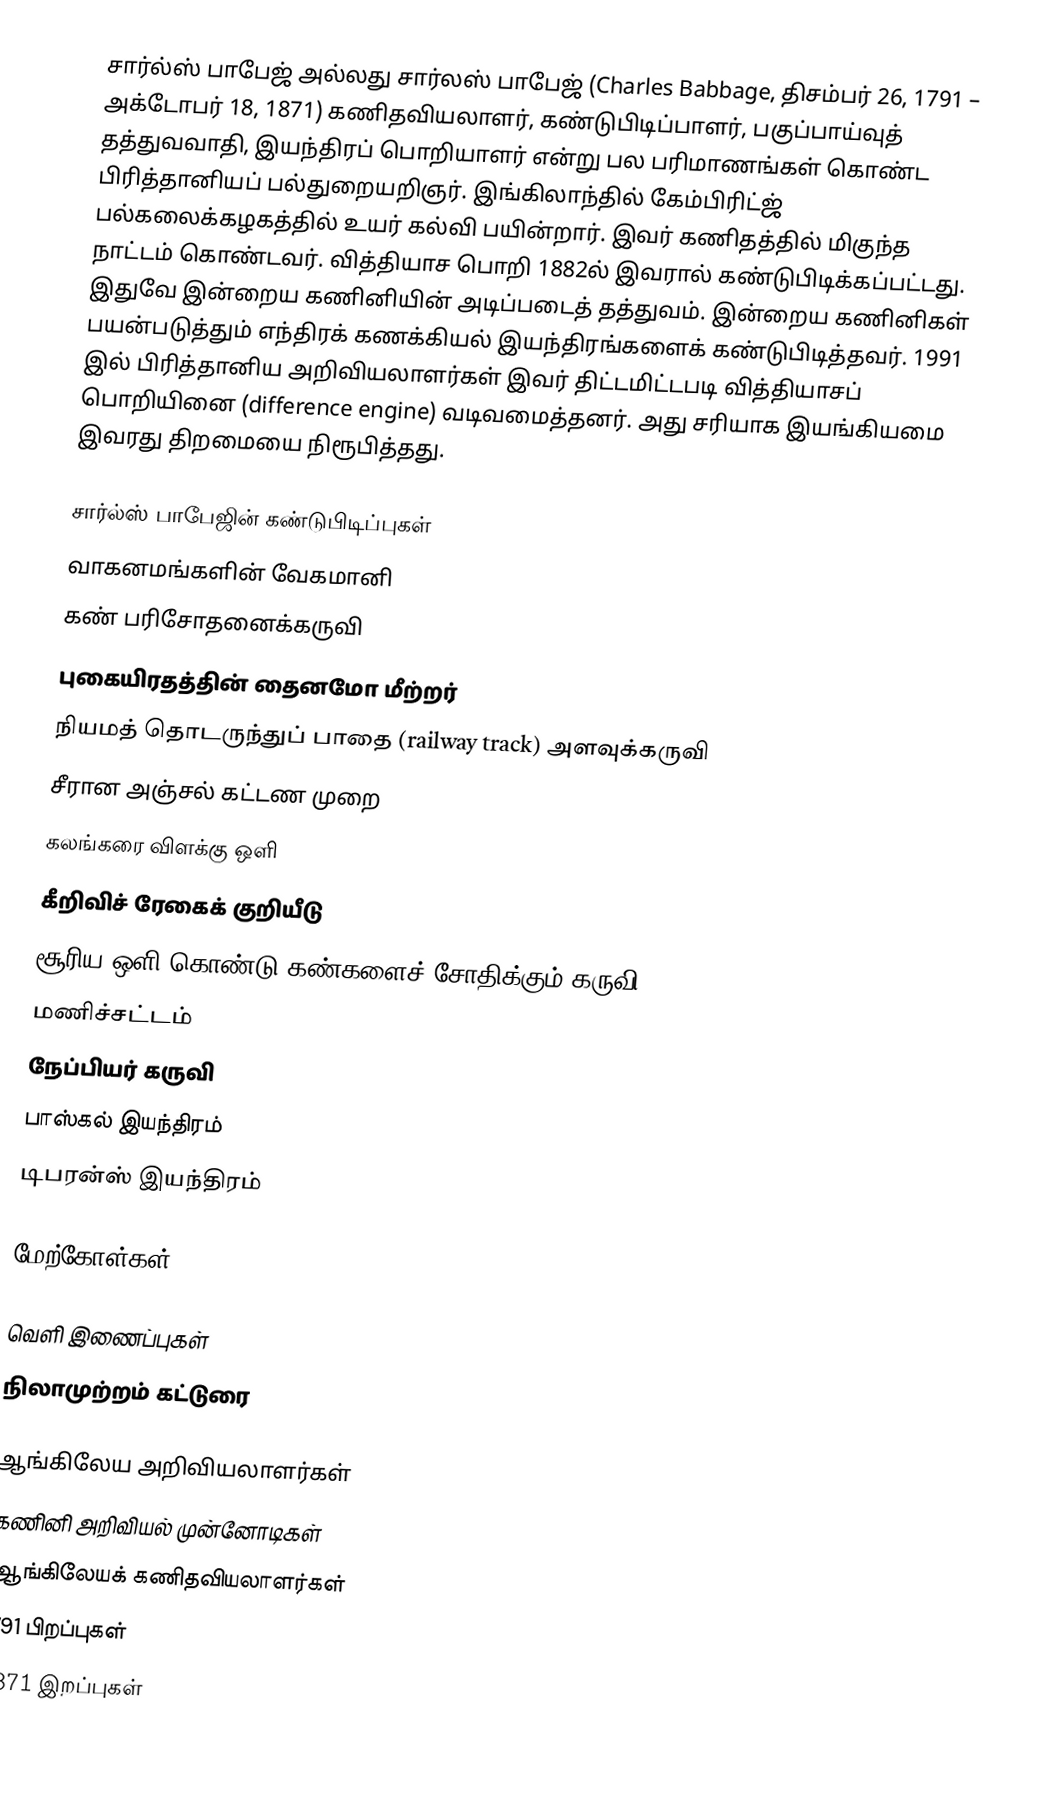
சார்ல்ஸ் பாபேஜ் அல்லது சார்லஸ் பாபேஜ் (Charles Babbage, திசம்பர் 26, 1791 – அக்டோபர் 18, 1871) கணிதவியலாளர், கண்டுபிடிப்பாளர், பகுப்பாய்வுத் தத்துவவாதி, இயந்திரப் பொறியாளர் என்று பல பரிமாணங்கள் கொண்ட பிரித்தானியப் பல்துறையறிஞர். இங்கிலாந்தில் கேம்பிரிட்ஜ் பல்கலைக்கழகத்தில் உயர் கல்வி பயின்றார். இவர் கணிதத்தில் மிகுந்த நாட்டம் கொண்டவர். வித்தியாச பொறி 1882ல் இவரால் கண்டுபிடிக்கப்பட்டது. இதுவே இன்றைய கணினியின் அடிப்படைத் தத்துவம். இன்றைய கணினிகள் பயன்படுத்தும் எந்திரக் கணக்கியல் இயந்திரங்களைக் கண்டுபிடித்தவர். 1991 இல் பிரித்தானிய அறிவியலாளர்கள் இவர் திட்டமிட்டபடி வித்தியாசப் பொறியினை (difference engine) வடிவமைத்தனர். அது சரியாக இயங்கியமை இவரது திறமையை நிரூபித்தது.

சார்ல்ஸ் பாபேஜின் கண்டுபிடிப்புகள்
 வாகனமங்களின் வேகமானி
 கண் பரிசோதனைக்கருவி
 புகையிரதத்தின் தைனமோ மீற்றர்
 நியமத் தொடருந்துப் பாதை (railway track) அளவுக்கருவி
 சீரான அஞ்சல் கட்டண முறை
 கலங்கரை விளக்கு ஒளி
 கீறிவிச் ரேகைக் குறியீடு
 சூரிய ஒளி கொண்டு கண்களைச் சோதிக்கும் கருவி
 மணிச்சட்டம்
 நேப்பியர் கருவி
 பாஸ்கல் இயந்திரம்
 டிபரன்ஸ் இயந்திரம்

மேற்கோள்கள்

வெளி இணைப்புகள்
 நிலாமுற்றம் கட்டுரை

ஆங்கிலேய அறிவியலாளர்கள்
கணினி அறிவியல் முன்னோடிகள்
ஆங்கிலேயக் கணிதவியலாளர்கள்
1791 பிறப்புகள்
1871 இறப்புகள்